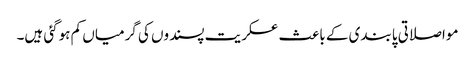
مواصلاتی پابندی کے باعث عسکریت پسندوں کی گرمیاں کم ہوگئی ہیں۔